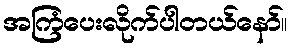
အကြံပေးလိုက်ပါတယ်နော်။